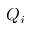
Q _ { i }